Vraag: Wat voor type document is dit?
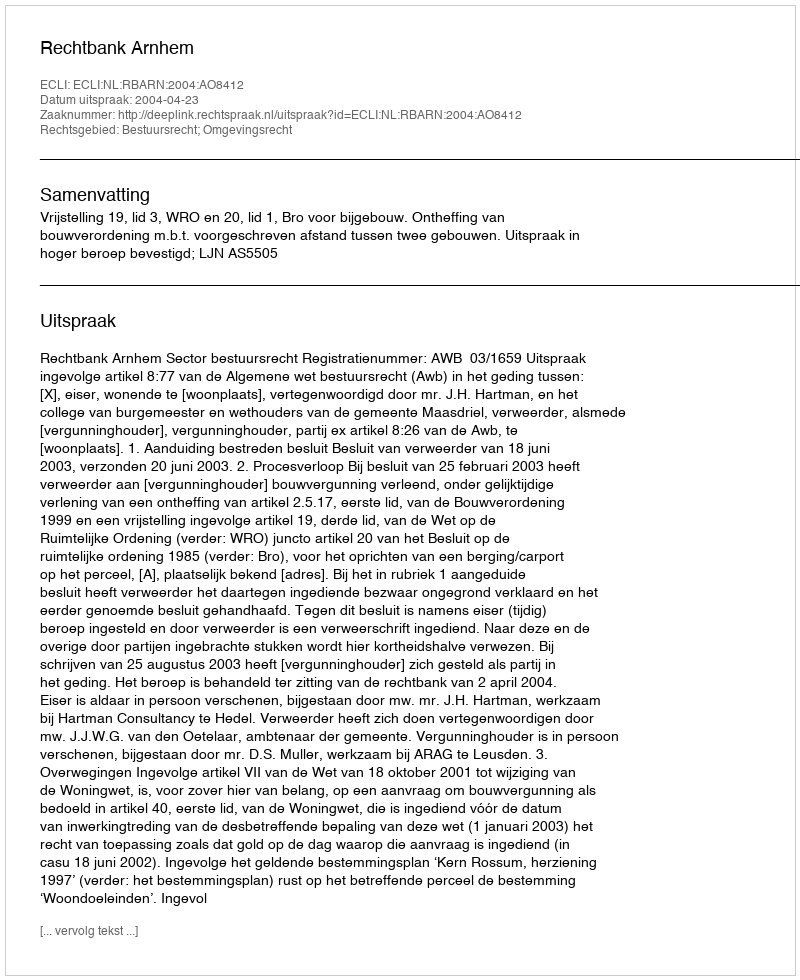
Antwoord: Uitspraak